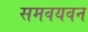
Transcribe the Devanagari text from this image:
समवयवन